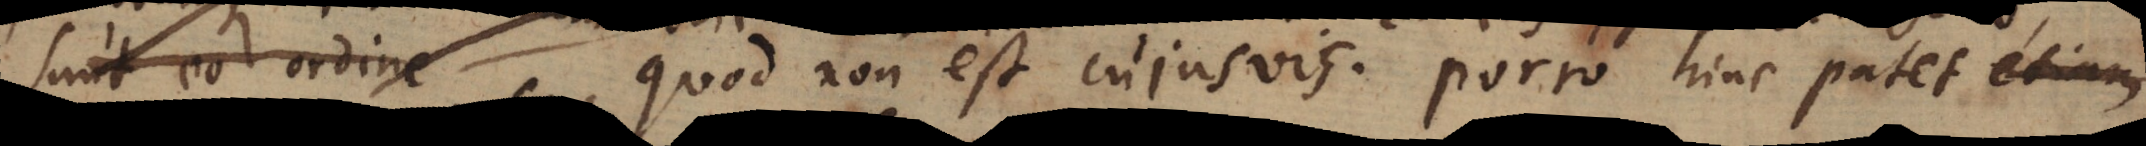
suint eo ordine quod non est cujusvis. Porro hinc patet etiam